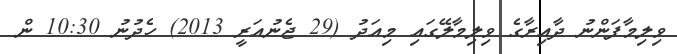
ވިލިމާފަންނު ދާއިރާގެ ވިލިމާލޭގައި މިއަދު (29 ޖެނުއަރީ 2013) ހެދުނު 10:30 ން